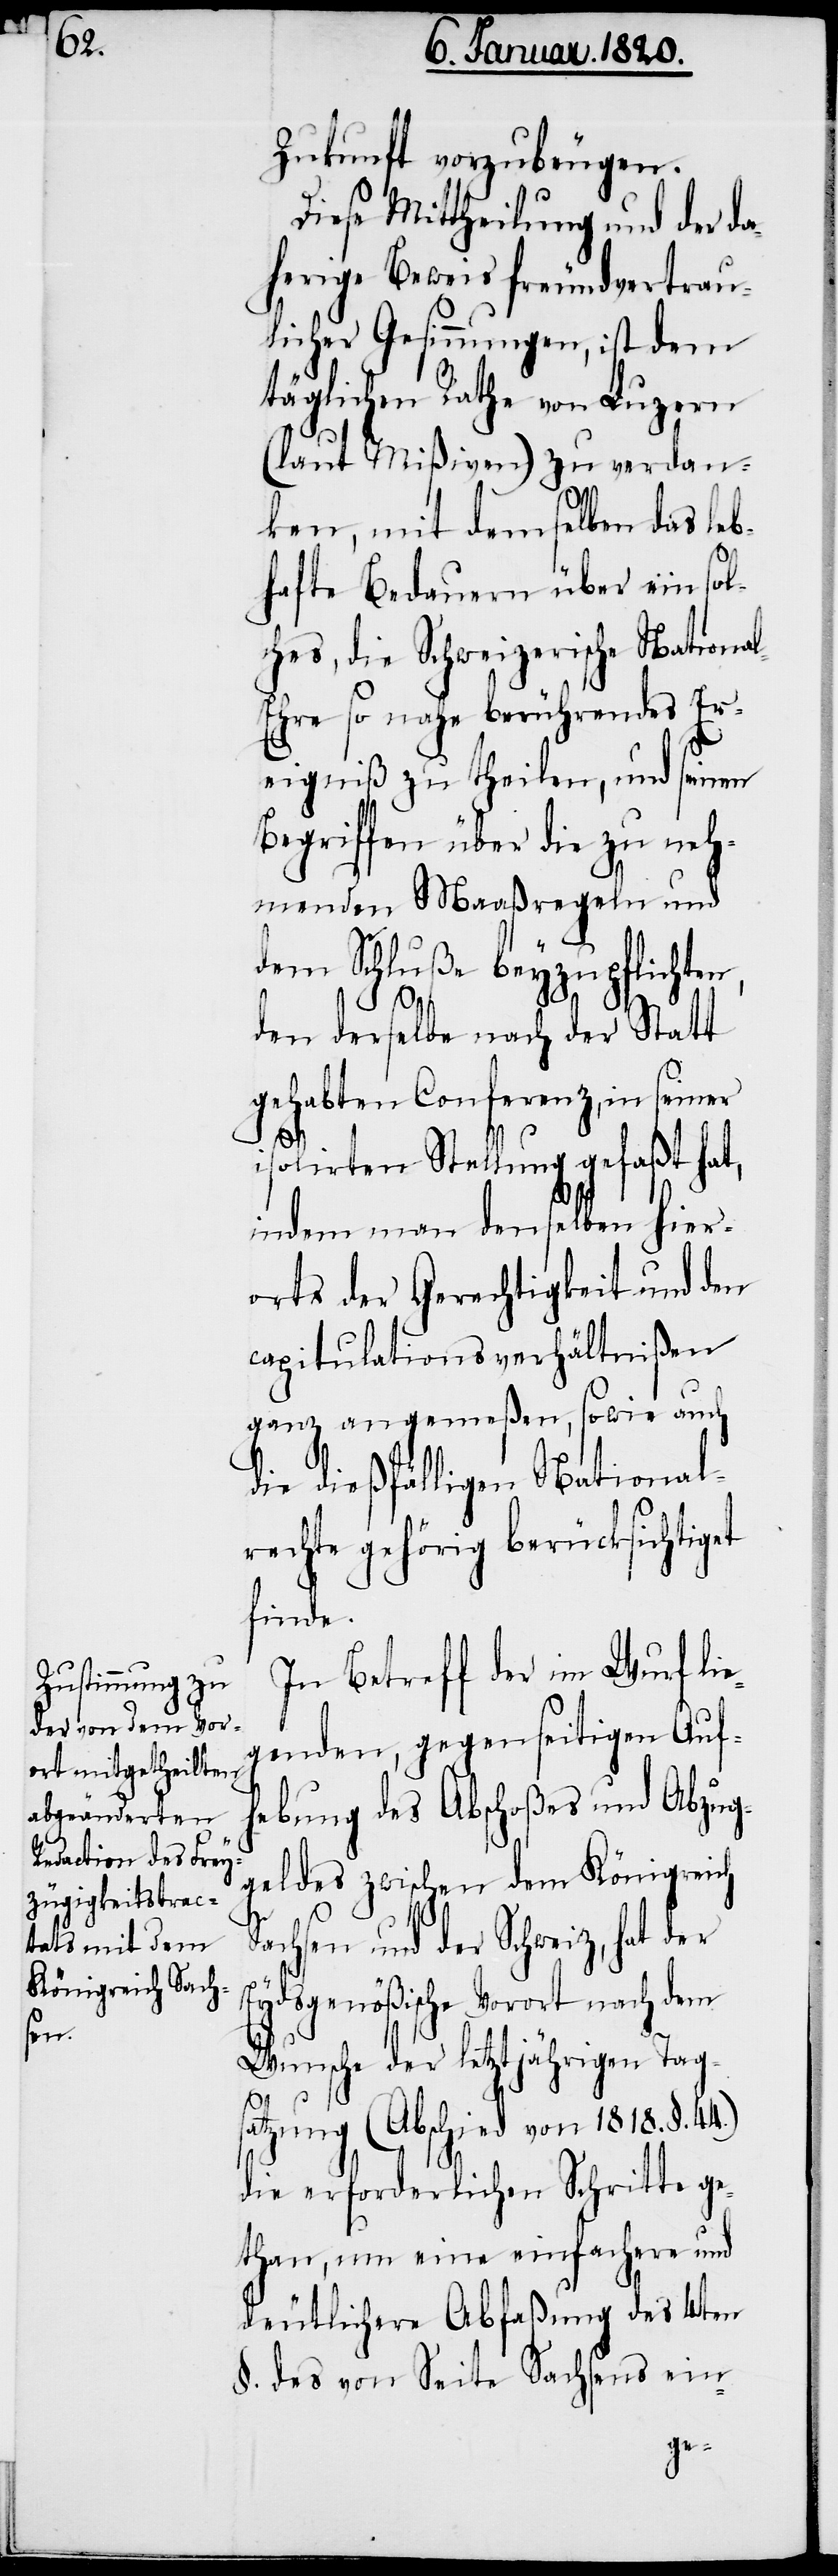
S¬

n,

Zukunft vorzubeugen.
Diese Mittheilung und der da¬
herige Beweis freundvertrau¬
licher Gesinnungen, ist dem
täglichen Rathe von Luzern
(laut Mißiven) zu verdan¬
ken, mit demselben das leb¬
hafte Bedauern über ein sol¬
ches, die Schweizerische Nationa¬
l-Ehre so nahe berührendes Er¬
eigniß zu theilen, und seinen
Begriffen über die zu neh¬
menden Maßregeln und
dem Schluße beyzupflichte¬
den derselbe nach der Statt
gehabten Conferenz, in seiner
isolirten Stellung gefaßt hat,
indem man denselben hier¬
orts der Gerechtigkeit und den
capitulationsverhältnißen
ganz angemeßen, sowie auch
die dießfälligen National¬
rechte gehörig berücksichtiget
finde.
In Betreff der im Wurf lie¬
genden, gegenseitigen Auf¬
hebung des Abschoßes und Abzug¬
geldes zwischen dem Königreich
achsen und der Schweiz, hat der
Eydsgenößische Vorort nach dem
Wunsche der letztjährigen Tag¬
satzung (Abschied von 1818. §.
die erforderlichen Schritte ge¬
than, um eine einfachere und
deutlichere Abfaßung des 4ten
§. des von Seite Sachsens ein-